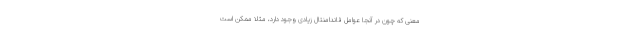
معنی که چون در آنجا عوامل فاندامنتال زیادی وجود دارد، مثلا ممکن است